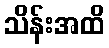
သိန်းအထိ